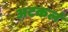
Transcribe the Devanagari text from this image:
अटकलं